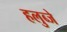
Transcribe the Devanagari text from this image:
हलुब्जे